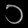
Digit: ၁